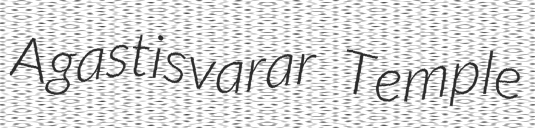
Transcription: Agastisvarar Temple